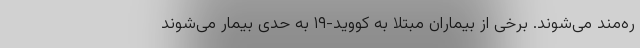
ره‌مند می‌شوند. برخی از بیماران مبتلا به کووید-۱۹ به حدی بیمار می‌شوند